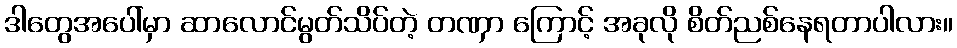
ဒါတွေအပေါ်မှာ ဆာလောင်မွတ်သိပ်တဲ့ တဏှာ ကြောင့် အခုလို စိတ်ညစ်နေရတာပါလား။